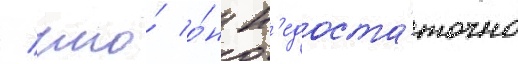
/ что́ о́н н'едоста́точно